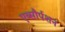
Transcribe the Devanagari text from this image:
एब्सौर्पशन